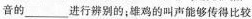
音的___进行辨别的；雄鸡的叫声能够传得比较